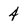
Character: 4